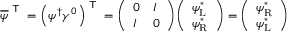
{ \overline { { \psi } } } ^ { \textsf { T } } = \left( \psi ^ { \dagger } \gamma ^ { 0 } \right) ^ { \textsf { T } } = { \left( \begin{array} { l l } { 0 } & { I } \\ { I } & { 0 } \end{array} \right) } { \left( \begin{array} { l } { \psi _ { \mathrm { L } } ^ { * } } \\ { \psi _ { \mathrm { R } } ^ { * } } \end{array} \right) } = { \left( \begin{array} { l } { \psi _ { \mathrm { R } } ^ { * } } \\ { \psi _ { \mathrm { L } } ^ { * } } \end{array} \right) }